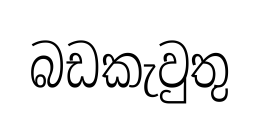
බඩකැවුතු